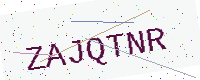
Text: ZAJQTNR